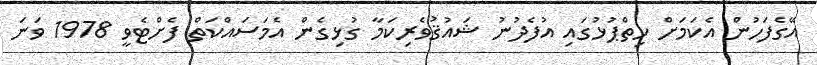
އޭގެފަހުން އެކަމަށް ހިތްޕުޅުގައި އުފެދުނު ޝައުޤުވެރިކަމާ ގުޅިގެން އެމަސައްކަތް ފެށްޓެވީ 1978 ވަނަ